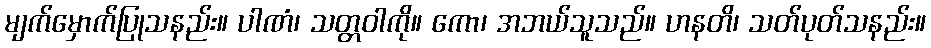
မျက်မှောက်ပြုသနည်း။ ပါဏံ၊ သတ္တဝါကို။ ကော၊ အဘယ်သူသည်။ ဟနတိ၊ သတ်ပုတ်သနည်း။